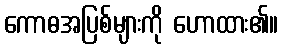
ကောဓအပြစ်များကို ဟောထား၏။